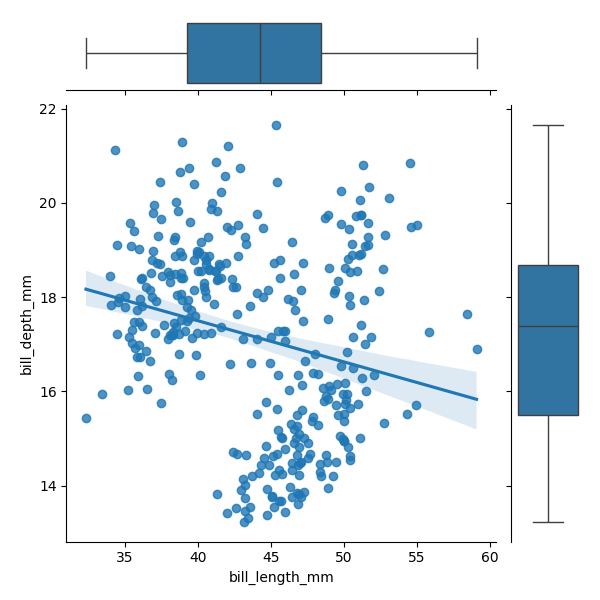
python, seaborn, JointGrid, regplot, boxplot